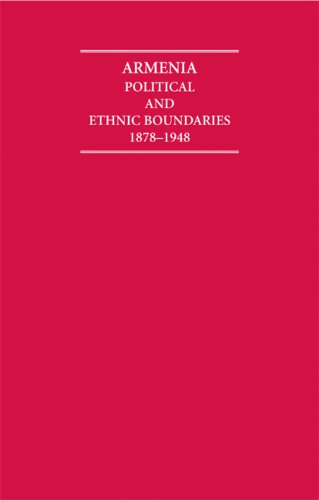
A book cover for Armenia Hardback Document and Boxed Map Set: Political and Ethnic Boundaries 1878-1948 (Cambridge Archive Editions); Travel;